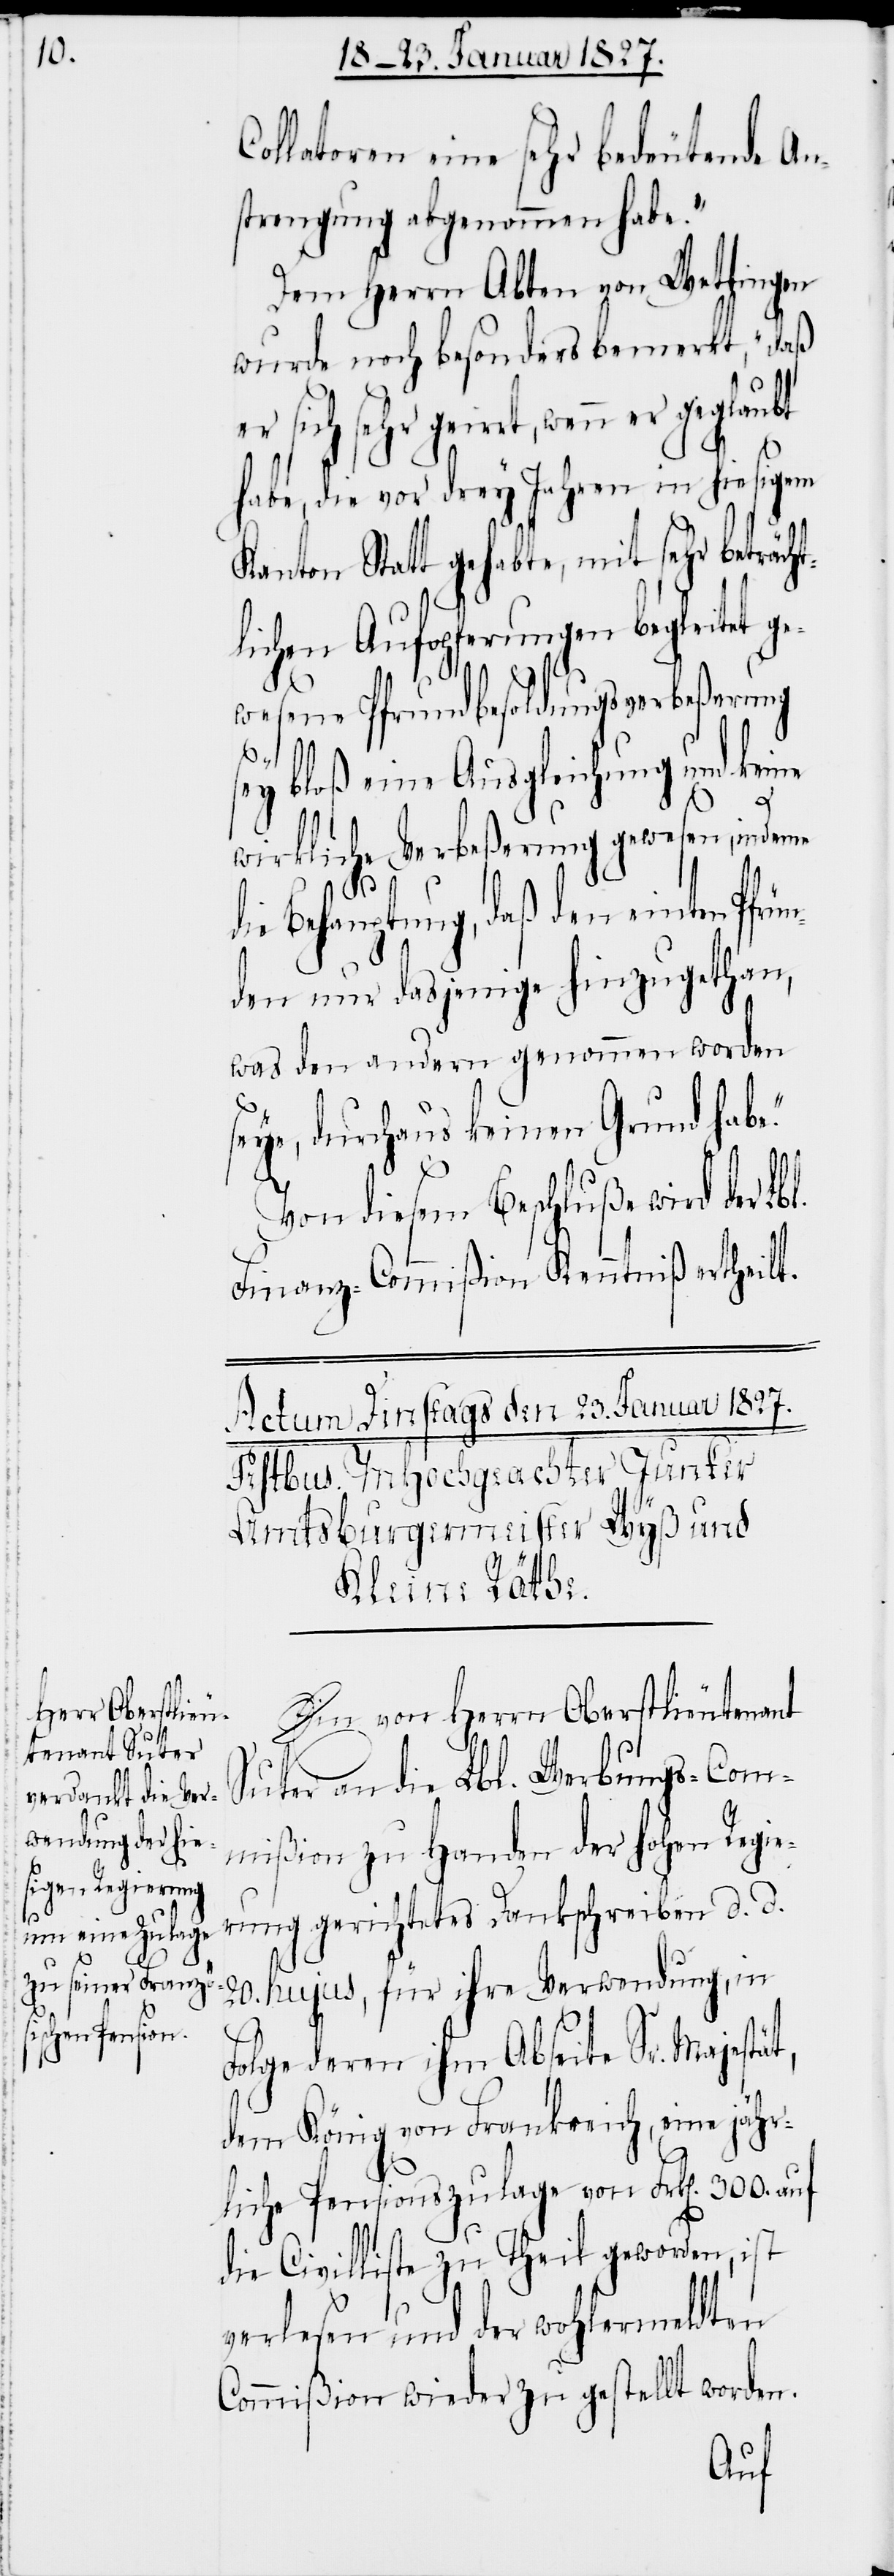
e.“

Collatoren eine sehr bedeutende An¬
strengung abgenommen habe.“
Dem Herrn Abten von Wettingen
wurde noch besonders bemerkt, „daß
habe, die vor drey Jahren in hiesigem
Kanton Statt gehabte, mit sehr beträc¬
lichen Aufopferungen begleitet g¬
ewesene Pfrundbesoldungsverbeßerung
sey bloß eine Ausgleichung und keine
wirkliche Verbeßerung gewesen, indeme
ht¬
die Behauptung, daß den einten Pfrü¬
nden nur dasjenige hinzugethan,
was den andern genommen worden
seye, durchaus keinen Grund hab¬
Von diesem Beschluße wird der
Finanz-Commißion Kenntniß ertheilt.
Ein von Herrn Oberstlieutenant
Suter an die Lbl. Werbungs-Com¬
mißion zu Handen der hohen Regi¬
erung gerichtetes Dankschreiben d. d.
20. hujus, für ihre Verwendung, in
Folge deren ihm Abseite Sr. Majestät,
dem König von Frankreich, eine jähr¬
liche Pensionszulage von Frk[en]. 300. auf
die Civilliste zu Theil geworden, ist
verlesen und der wohlermeldten
Commißion wieder zu gestellt worden.